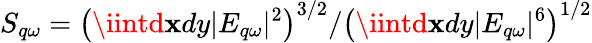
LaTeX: S_{q\omega}={\left(\iintd\mathbf{x}dy|E_{q\omega}|^{2}\right)^{3/2}}/{\left(\iintd\mathbf{x}dy|E_{q\omega}|^{6}\right)^{1/2}}